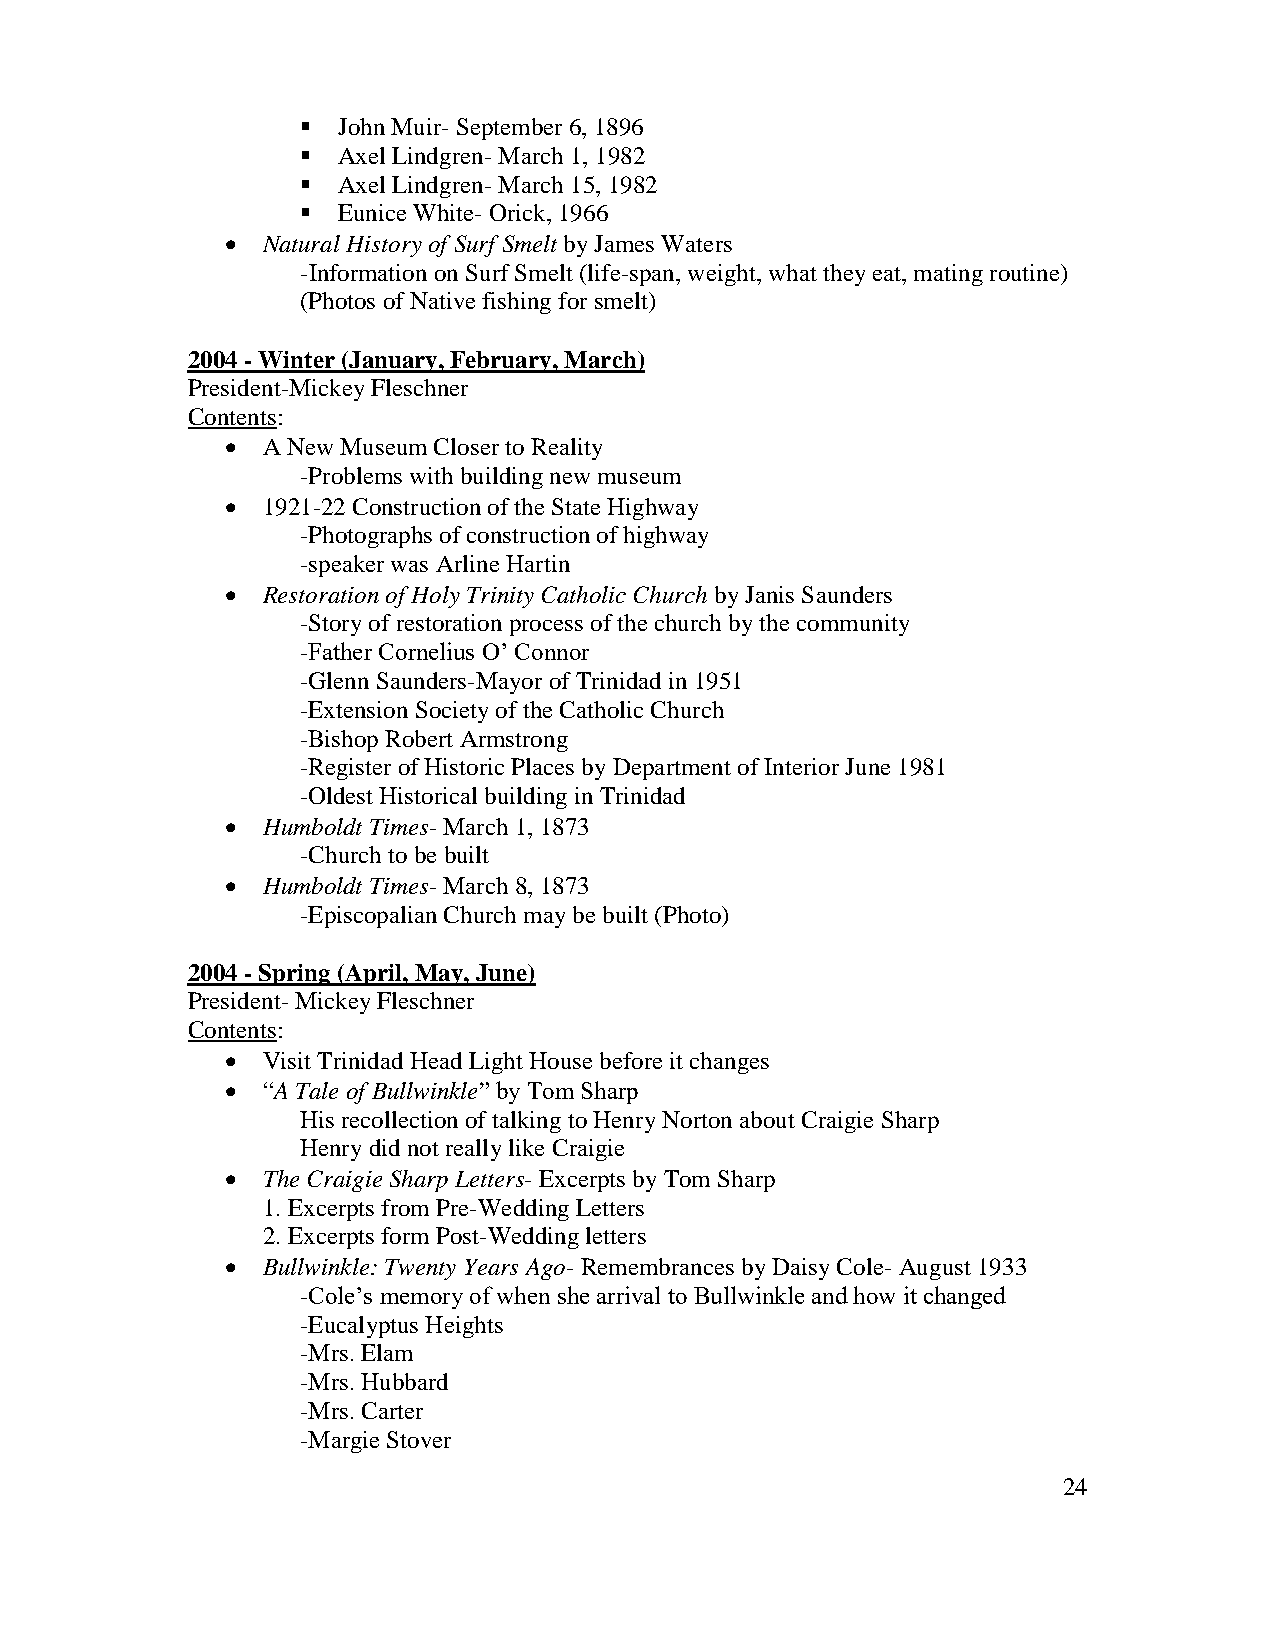
 John Muir- September 6, 1896
  Axel Lindgren- March 1, 1982
  Axel Lindgren- March 15, 1982
  Eunice White- Orick, 1966
  Natural History of Surf Smelt by James Waters
 -Information on Surf Smelt (life-span, weight, what they eat, mating routine)
 (Photos of Native fishing for smelt)
 2004 - Winter (January, February, March)
 President-Mickey Fleschner
 Contents:
  A New Museum Closer to Reality
 -Problems with building new museum
  1921-22 Construction of the State Highway
 -Photographs of construction of highway
 -speaker was Arline Hartin
  Restoration of Holy Trinity Catholic Church by Janis Saunders
 -Story of restoration process of the church by the community
 -Father Cornelius O’ Connor
 -Glenn Saunders-Mayor of Trinidad in 1951
 -Extension Society of the Catholic Church
 -Bishop Robert Armstrong
 -Register of Historic Places by Department of Interior June 1981
 -Oldest Historical building in Trinidad
  Humboldt Times- March 1, 1873
 -Church to be built
  Humboldt Times- March 8, 1873
 -Episcopalian Church may be built (Photo)
 2004 - Spring (April, May, June)
 President- Mickey Fleschner
 Contents:
  Visit Trinidad Head Light House before it changes
  “A Tale of Bullwinkle” by Tom Sharp
 His recollection of talking to Henry Norton about Craigie Sharp
 Henry did not really like Craigie
  The Craigie Sharp Letters- Excerpts by Tom Sharp
 1. Excerpts from Pre-Wedding Letters
 2. Excerpts form Post-Wedding letters
  Bullwinkle: Twenty Years Ago- Remembrances by Daisy Cole- August 1933
 -Cole’s memory of when she arrival to Bullwinkle and how it changed
 -Eucalyptus Heights
 -Mrs. Elam
 -Mrs. Hubbard
 -Mrs. Carter
 -Margie Stover
 24